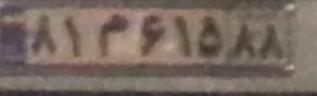
۸۱م۶۱۵۸۸